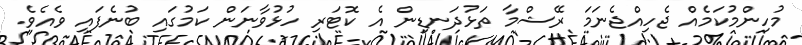
މުހިންމުކަމެއް ޖެހިއްޖެނަމަ ރޭޝްމާ ތަޅުދަނޑިން އެ ކޮޓަރި ހުޅުވާނަން ކަމުގައި ބުނެފައި ވެއެވެ.